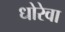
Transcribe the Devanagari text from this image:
धोरेवा